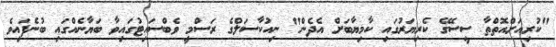
"ކުރިއަށްއޮތްތާ ސީސޭގެ ކެރިޔަރުގައި ކާމިޔާބަށް އެދެން" ނިއުކާސަލްގެ ރަސްމީ ވެބްސައިޓުގައިވާ ބަޔާނެއްގައި ބުނެފައިވެ